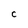
Character: C